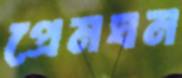
প্রেমঘন